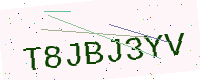
Text: T8JBJ3YV